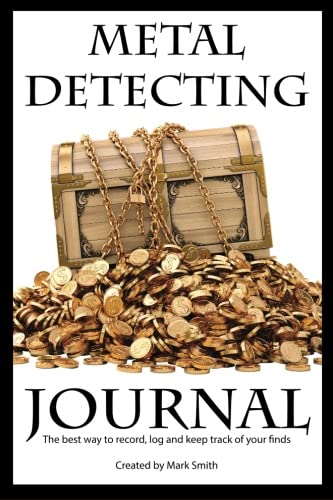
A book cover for Metal Detecting Journal: The Best Way to Record, Log and Keep Track of Your Finds; Mark D Smith; Crafts, Hobbies & Home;